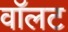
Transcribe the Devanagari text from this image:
वॉलट